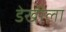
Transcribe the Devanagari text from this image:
डेखीला